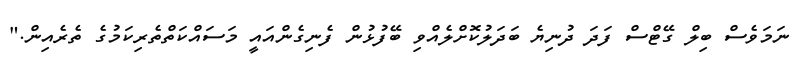
ނަމަވެސް ބިލް ގޭޓްސް ފަދަ ދުނިޔެ ބަދަލުކޮށްލެއްވި ބޭފުޅުން ފެނިގެންއައީ މަސައްކަތްތެރިކަމުގެ ތެރެއިން."